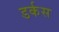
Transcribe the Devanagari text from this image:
डर्कस